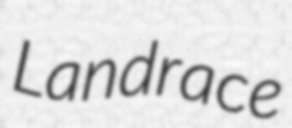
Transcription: Landrace